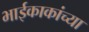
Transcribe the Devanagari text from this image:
भाईकाकांच्या